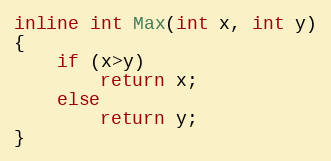
Language: C++
inline int Max(int x, int y)
{
	if (x>y)
		return x;
	else
		return y;
}